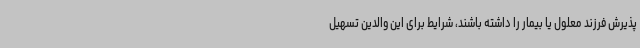
پذیرش فرزند معلول یا بیمار را داشته باشند، شرایط برای این والدین تسهیل